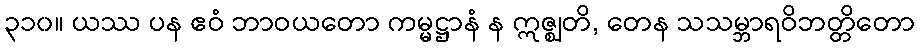
၃၁၀။ ယဿ ပန ဧဝံ ဘာဝယတော ကမ္မဋ္ဌာနံ န ဣဇ္ဈတိ, တေန သသမ္ဘာရဝိဘတ္တိတော